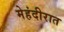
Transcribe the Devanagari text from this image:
मेहंदीरात